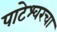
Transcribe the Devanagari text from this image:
पाटेश्वरचा